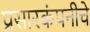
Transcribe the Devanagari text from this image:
प्रसारकंपनीचे